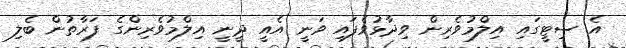
އެ ސިޓީގައި އިލްމުވެރިން ވިދާޅުވެފައި ވަނީ އެއީ ދީނީ އިލްމުވެރިންގެ ފަރާތުން ބެލި